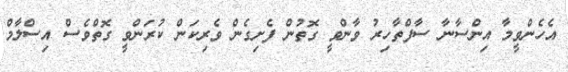
އެހެންވީމާ އިންސާނާ ސާފްތާހިރު ވާންވީ ގޮތުން ފެށިގެން ވެރިކަން ކުރަންވީ ގޮތްވެސް އިސްލާމް